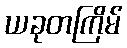
ယခုတကြိမ်